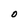
Character: O